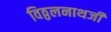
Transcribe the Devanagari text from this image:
विठ्ठलनाथजी